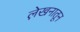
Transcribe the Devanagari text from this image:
ले़खनातून